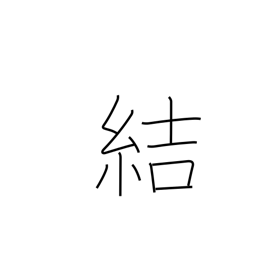
Meaning: contract